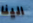
الينا